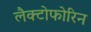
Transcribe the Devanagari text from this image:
लैक्टोफोरिन